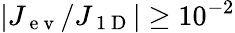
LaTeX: |J_{\mathrm{~e~v~}}/J_{\mathrm{~1~D~}}|\geq 10^{-2}